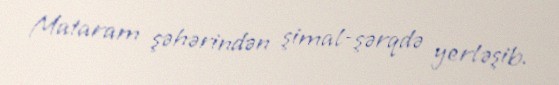
Mataram şəhərindən şimal-şərqdə yerləşib.